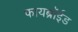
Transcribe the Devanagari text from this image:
फायब्रॉईड